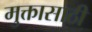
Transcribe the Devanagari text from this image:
मुक्तासाठी